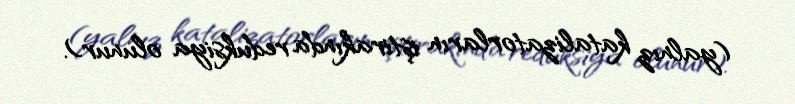
(yalnız katalizatorların iştirakında reduksiya olunur).